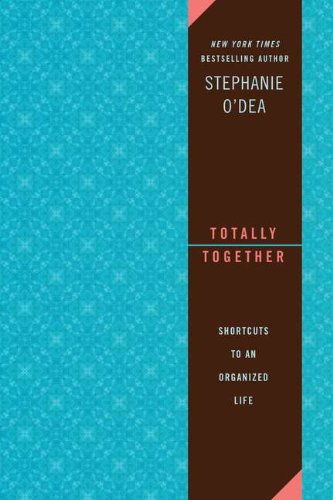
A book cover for Totally Together: Shortcuts to an Organized Life; Stephanie O'Dea; Crafts, Hobbies & Home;